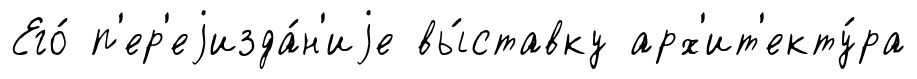
Его́ п'ер'еjизда́н'иjе вы́ставку арх'ит'екту́ра